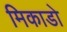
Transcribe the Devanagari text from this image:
मिकाडो